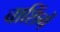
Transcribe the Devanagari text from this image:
बाशिंगें